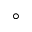
^ { \circ }